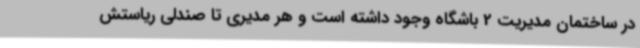
در ساختمان مدیریت 2 باشگاه وجود داشته است و هر مدیری تا صندلی ریاستش